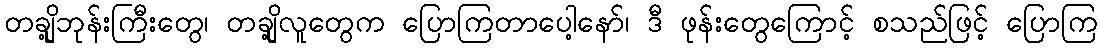
တချို့ဘုန်းကြီးတွေ၊ တချို့လူတွေက ပြောကြတာပေါ့နော်၊ ဒီ ဖုန်းတွေကြောင့် စသည်ဖြင့် ပြောကြ